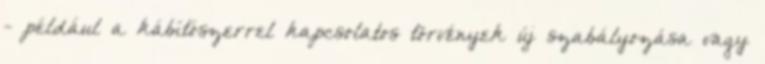
- például a kábítószerrel kapcsolatos törvények új szabályozása vagy